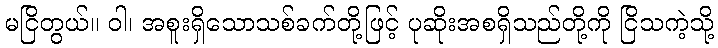
မငြိတွယ်။ ဝါ၊ အစူးရှိသောသစ်ခက်တို့ဖြင့် ပုဆိုးအစရှိသည်တို့ကို ငြိသကဲ့သို့